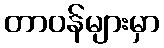
တာဝန်များမှာ